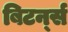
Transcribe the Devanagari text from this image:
बिटर्न्‍स